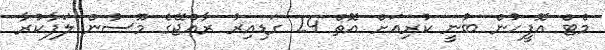
މެޓް އޮފީހުން ބުނީ ކުރިއަށް އޮތް 24 ގަޑިއިރު ރާއްޖޭގެ މޫސުން ލަފާކުރާ